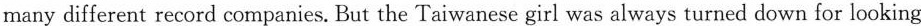
many different record companies. But the Taiwanese girl was always turned down for looking